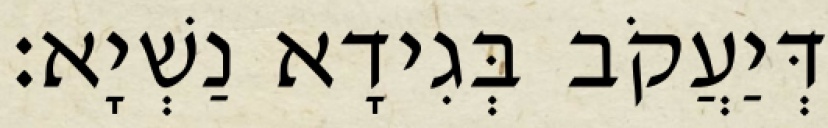
דְּיַעֲקֹב בְּגִידָא נַשְׁיָא׃